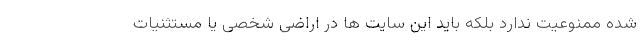
شده ممنوعیت ندارد بلکه باید این سایت ها در اراضی شخصی یا مستثنیات